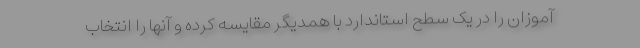
آموزان را در یک سطح استاندارد با همدیگر مقایسه کرده و آنها را انتخاب